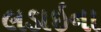
લડાઇના